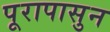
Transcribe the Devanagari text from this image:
पूरापासुन